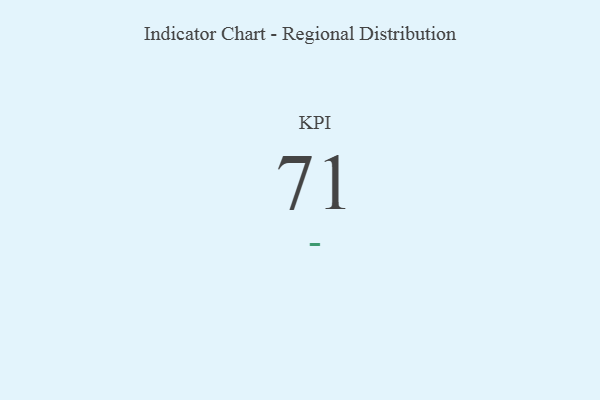
{"axis": {"x": "KPI", "y": "Value"}, "legend": [""], "data": [{"x": "KPI", "y": 71, "type": ""}]}